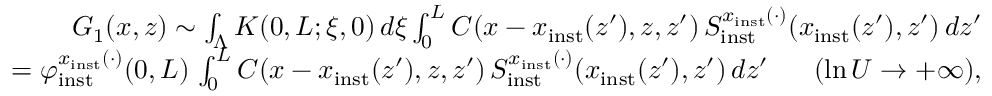
\begin{array} { r l r } & { } & { G _ { 1 } ( x , z ) \sim \int _ { \Lambda } K ( 0 , L ; \xi , 0 ) \, d \xi \int _ { 0 } ^ { L } C ( x - x _ { \mathrm { i n s t } } ( z ^ { \prime } ) , z , z ^ { \prime } ) \, S _ { \mathrm { i n s t } } ^ { x _ { \mathrm { i n s t } } ( \cdot ) } ( x _ { \mathrm { i n s t } } ( z ^ { \prime } ) , z ^ { \prime } ) \, d z ^ { \prime } } \\ & { } & { = \varphi _ { \mathrm { i n s t } } ^ { x _ { \mathrm { i n s t } } ( \cdot ) } ( 0 , L ) \, \int _ { 0 } ^ { L } C ( x - x _ { \mathrm { i n s t } } ( z ^ { \prime } ) , z , z ^ { \prime } ) \, S _ { \mathrm { i n s t } } ^ { x _ { \mathrm { i n s t } } ( \cdot ) } ( x _ { \mathrm { i n s t } } ( z ^ { \prime } ) , z ^ { \prime } ) \, d z ^ { \prime } \ \ \ \ \ ( \ln U \to + \infty ) , } \end{array}